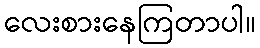
လေးစားနေကြတာပါ။